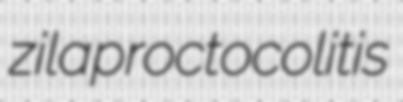
zila proctocolitis